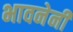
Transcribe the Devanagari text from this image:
भावनेनी